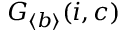
G _ { \langle b \rangle } ( { \boldsymbol { i } } , { \boldsymbol { c } } )